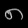
Digit: ၈